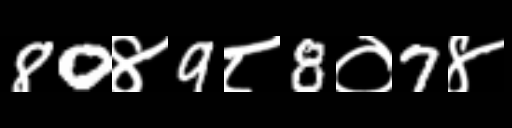
Text: 80४9८8०7४